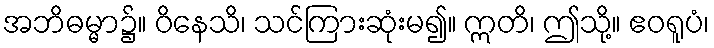
အဘိဓမ္မာ၌။ ဝိနေသိ၊ သင်ကြားဆုံးမ၍။ ဣတိ၊ ဤသို့။ ဧဝရူပံ၊